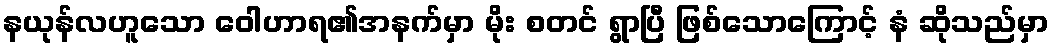
နယုန်လဟူသော ဝေါဟာရ၏အနက်မှာ မိုး စတင် ရွာပြီ ဖြစ်သောကြောင့် နံ ဆိုသည်မှာ